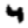
Digit: 4